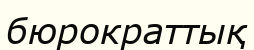
бюрократтық